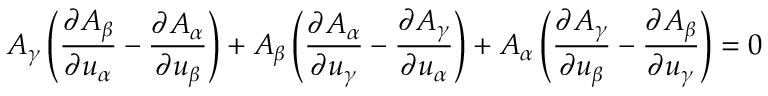
A _ { \gamma } \left( { \frac { \partial A _ { \beta } } { \partial u _ { \alpha } } } - { \frac { \partial A _ { \alpha } } { \partial u _ { \beta } } } \right) + A _ { \beta } \left( { \frac { \partial A _ { \alpha } } { \partial u _ { \gamma } } } - { \frac { \partial A _ { \gamma } } { \partial u _ { \alpha } } } \right) + A _ { \alpha } \left( { \frac { \partial A _ { \gamma } } { \partial u _ { \beta } } } - { \frac { \partial A _ { \beta } } { \partial u _ { \gamma } } } \right) = 0